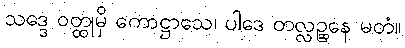
သဒ္ဒေ ဝတ္ထုမှိ ကောဋ္ဌာသေ၊ ပါဒေ တလ္လဉ္ဆနေ မတံ။